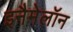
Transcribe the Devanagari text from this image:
इनैमेलॉन